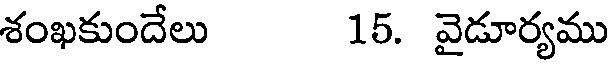
శంఖకుందేలు 15. వైడూర్యము